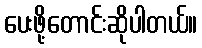
ပေးဖို့တောင်းဆိုပါတယ်။